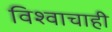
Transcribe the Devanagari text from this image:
विश्वाचाही